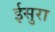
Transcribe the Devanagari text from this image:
ईसुरा